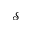
\mathcal S